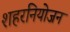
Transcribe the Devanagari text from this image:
शहरनियोजन